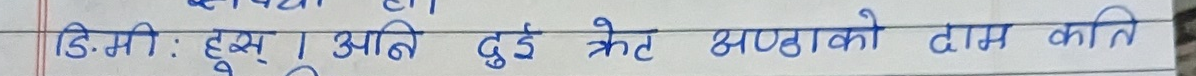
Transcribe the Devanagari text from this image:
डि.मी.: हुस्‌। आजि दुई फेट अप्टाको दाम कति